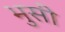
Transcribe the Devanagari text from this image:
भुसी